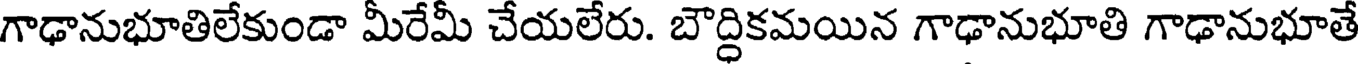
గాఢానుభూతిలేకుండా మీరేమీ చేయలేరు. బౌద్ధికమయిన గాఢానుభూతి గాఢానుభూతే